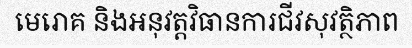
មេរោគ និងអនុវត្តវិធានការជីវសុវត្ថិភាព